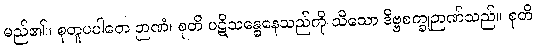
မည်၏။ စုတူပပါတေ ဉာဏံ၊ စုတိ ပဋိသန္ဓေနေသည်ကို သိသော ဒိဗ္ဗစက္ခုဉာဏ်သည်။ စုတိ